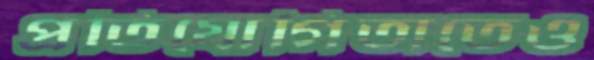
প্রতিযোগিতাতেও